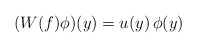
\begin{align*}( W(f)\phi )(y)=u(y)\,\phi(y)\end{align*}